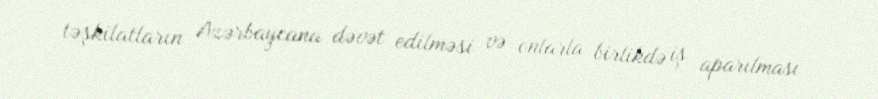
təşkilatların Azərbaycana dəvət edilməsi və onlarla birlikdə iş aparılması